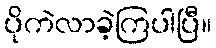
ပိုကဲလာခဲ့ကြပါပြီ။